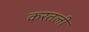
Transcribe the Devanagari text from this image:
करतली